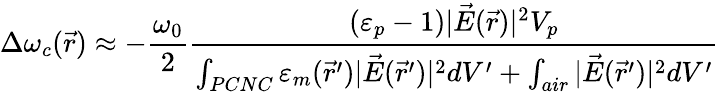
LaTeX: \Delta\omega_{c}(\vec{r})\approx-\frac{\omega_{0}}{2}\frac{(\varepsilon_{p}-1)|\vec{E}(\vec{r})|^{2}V_{p}}{\int_{PCNC}\varepsilon_{m}(\vec{r}^{\prime})|\vec{E}(\vec{r}^{\prime})|^{2}dV^{\prime}+\int_{air}|\vec{E}(\vec{r}^{\prime})|^{2}dV^{\prime}}